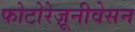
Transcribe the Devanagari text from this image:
फोटोरेज़ूनीवेसन